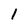
Character: 1